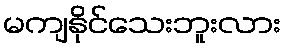
မကျနိုင်သေးဘူးလား